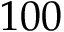
1 0 0